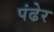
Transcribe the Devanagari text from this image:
पंढेर